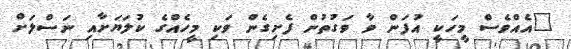
"އެއްވެސް މީހަކީ އުފަން ވާ ވަގުތުން ފެށިގެން ވަކި މީހެއްގެ ކުލަޔަށާއި ނަސްލަށް